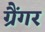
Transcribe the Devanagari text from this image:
ग्रैंगर